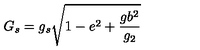
G _ { s } = g _ { s } \sqrt { 1 - e ^ { 2 } + \frac { g b ^ { 2 } } { g _ { 2 } } }